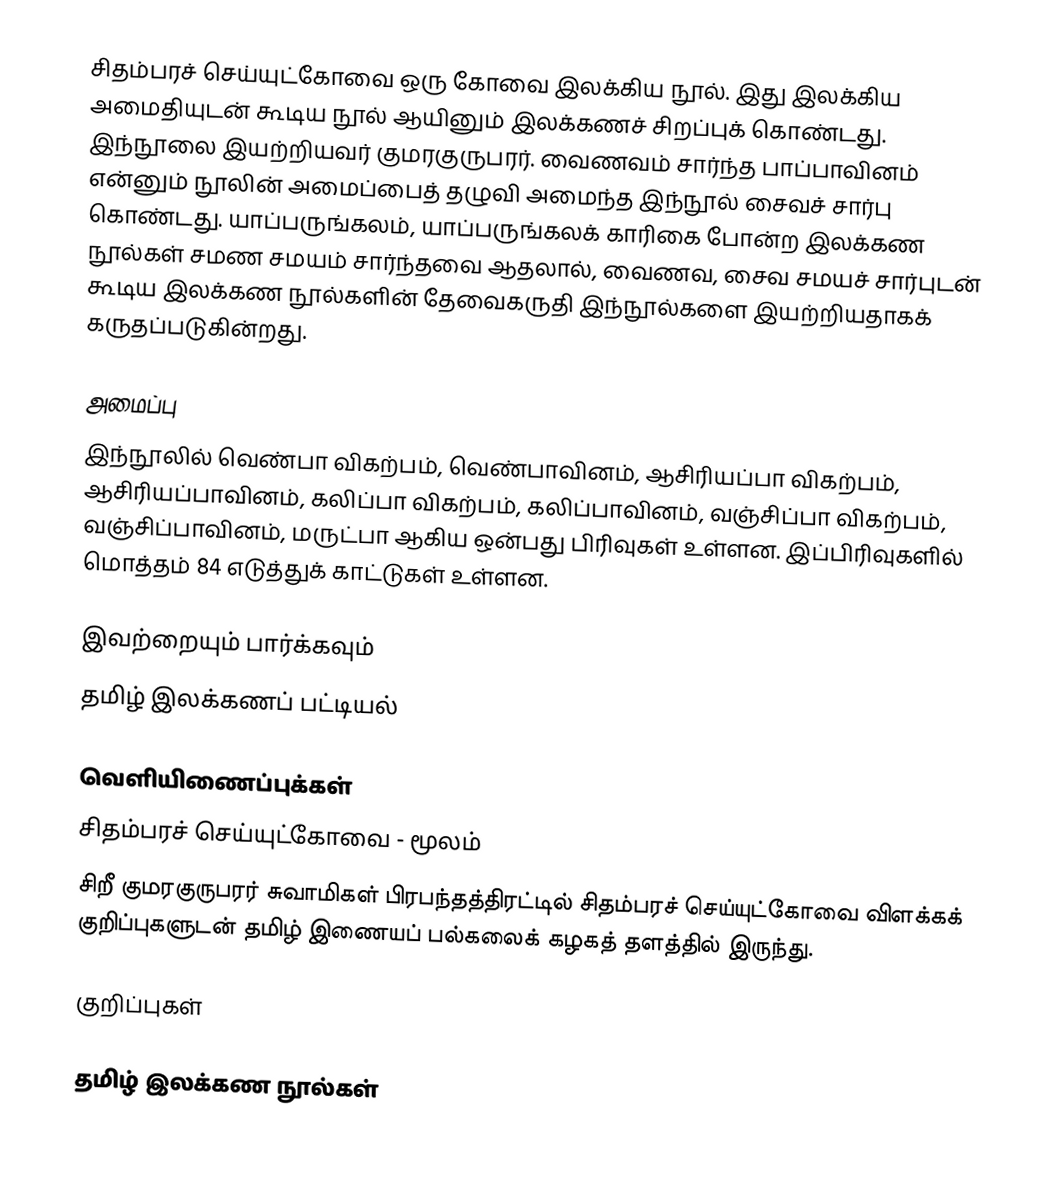
சிதம்பரச் செய்யுட்கோவை   ஒரு கோவை இலக்கிய நூல். இது இலக்கிய அமைதியுடன் கூடிய நூல் ஆயினும் இலக்கணச் சிறப்புக் கொண்டது. இந்நூலை இயற்றியவர் குமரகுருபரர். வைணவம் சார்ந்த பாப்பாவினம் என்னும் நூலின் அமைப்பைத் தழுவி அமைந்த இந்நூல் சைவச் சார்பு கொண்டது. யாப்பருங்கலம், யாப்பருங்கலக் காரிகை போன்ற இலக்கண நூல்கள் சமண சமயம் சார்ந்தவை ஆதலால், வைணவ, சைவ சமயச் சார்புடன் கூடிய இலக்கண நூல்களின் தேவைகருதி இந்நூல்களை இயற்றியதாகக் கருதப்படுகின்றது.

அமைப்பு
இந்நூலில் வெண்பா விகற்பம், வெண்பாவினம், ஆசிரியப்பா விகற்பம், ஆசிரியப்பாவினம், கலிப்பா விகற்பம், கலிப்பாவினம், வஞ்சிப்பா விகற்பம், வஞ்சிப்பாவினம், மருட்பா ஆகிய ஒன்பது பிரிவுகள் உள்ளன. இப்பிரிவுகளில் மொத்தம் 84 எடுத்துக் காட்டுகள் உள்ளன.

இவற்றையும் பார்க்கவும்
 தமிழ் இலக்கணப் பட்டியல்

வெளியிணைப்புக்கள்
 சிதம்பரச் செய்யுட்கோவை - மூலம்
 சிறீ குமரகுருபரர் சுவாமிகள் பிரபந்தத்திரட்டில் சிதம்பரச் செய்யுட்கோவை விளக்கக் குறிப்புகளுடன் தமிழ் இணையப் பல்கலைக் கழகத் தளத்தில் இருந்து.

குறிப்புகள்

தமிழ் இலக்கண நூல்கள்